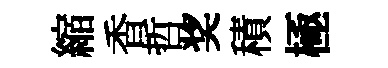
縮香哲奖積極